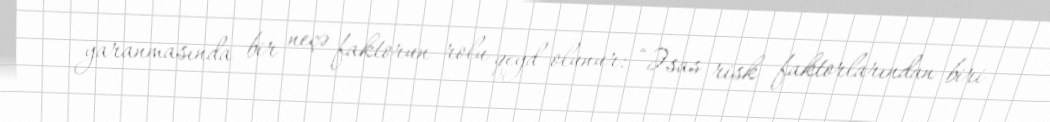
yaranmasında bir neçə faktorun rolu qeyd olunur: “Əsas risk faktorlarından biri